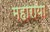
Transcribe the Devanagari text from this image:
महाराया